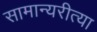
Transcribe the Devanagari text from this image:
सामान्यरीत्या